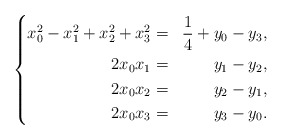
\begin{align*}\left\{\begin{aligned}x_0^2-x_1^2+x_2^2+x_3^2&=&\frac{1}{4}+y_0-y_3,\\2x_0x_1&=&y_1-y_2,\\2x_0x_2&=&y_2-y_1,\\2x_0x_3&=&y_3-y_0.\end{aligned}\right.\end{align*}